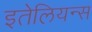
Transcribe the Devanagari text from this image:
इतेलियन्स